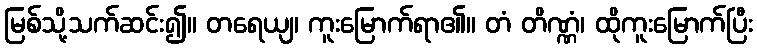
မြစ်သို့သက်ဆင်း၍။ တရေယျ၊ ကူးမြောက်ရာ၏။ တံ တိဏ္ဏံ၊ ထိုကူးမြောက်ပြီး